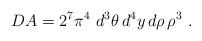
LaTeX: \begin{align*}DA = 2^7\pi^4~ d^3\theta\, d^4y\, d\rho\,\rho^3 ~.\end{align*}